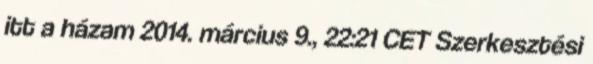
itt a házam 2014. március 9., 22:21 CET Szerkesztési